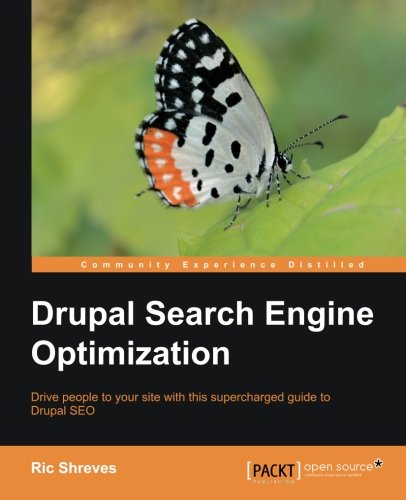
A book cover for Drupal Search Engine Optimization; Ric Shreves; Computers & Technology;